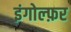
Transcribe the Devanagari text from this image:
इंगोल्फ़र